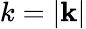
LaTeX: k=|\textbf{k}|